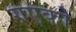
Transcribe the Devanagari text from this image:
गएको